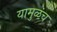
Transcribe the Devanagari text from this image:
यामुळंच